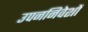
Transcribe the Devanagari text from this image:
उपननिवेशों